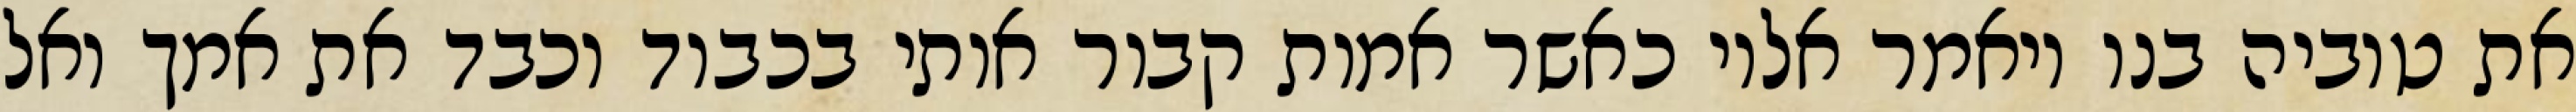
את טוביה בנו ויאמר אליו כאשר אמות קבור אותי בכבוד וכבד את אמך ואל